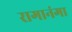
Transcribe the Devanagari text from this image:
रागानंगा